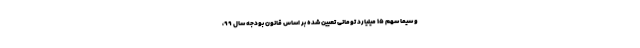
و سیما سهم ۱۵ میلیارد تومانی تعیین شده بر اساس قانون بودجه سال ۹۹،